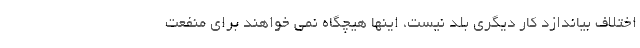
اختلاف بیاندازد کار دیگری بلد نیست، اینها هیچگاه نمی خواهند برای منفعت